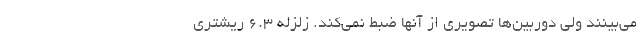
می‌بینند ولی دوربین‌ها تصویری از آنها ضبط نمی‌کند. زلزله ۶.۳ ریشتری